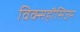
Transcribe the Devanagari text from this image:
विक्सहौसिउम